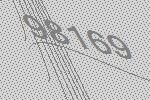
98169